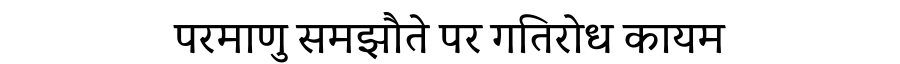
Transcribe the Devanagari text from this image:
परमाणु समझौते पर गतिरोध कायम